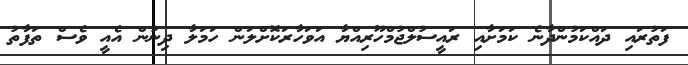
ފަތުރައި ދައްކަމުންދާނެ ކަމަށާއި ރައީސުލްޖުމްހޫރިއްޔާ އަވަހާރަކޮށްލަން ހަމަލާ ދިނުން އެއީ ވެސް ތަފާތު